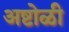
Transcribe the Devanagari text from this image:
अष्टोळी